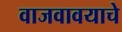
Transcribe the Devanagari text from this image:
वाजवावयाचे